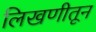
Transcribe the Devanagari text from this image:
लिखणीतून